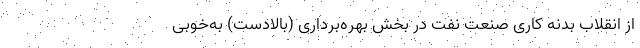
از انقلاب بدنه کاری صنعت نفت در بخش بهره‌برداری (بالادست) به‌خوبی